Note on the mental hospitals in Burma - 1925-1940
Year: 1925
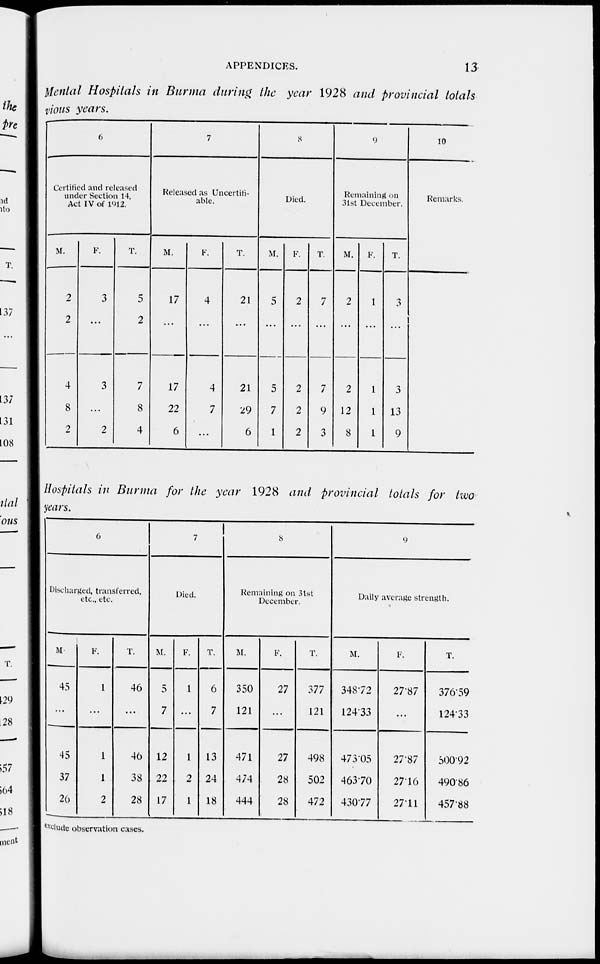
APPENDICES.
13
Mental Hospitals in Burma during the year 1928 and provincial totals
vious years.
6
Certified and released
under Section 14,
Act IV of 1912.
M.
2
2
4
8
2
F.
3
...
3
...
2
T.
5
2
7
8
4
7
Released as Uncertili-
able.
M.
17
...
17
22
6
F.
4
...
4
7
...
T.
21
...
21
29
6
8
Died.
M.
5
...
5
7
1
F.
2
...
2
2
2
T.
7
...
7
9
3
9
Remaining on
31st December.
M.
2
...
2
12
8
F.
1
...
1
1
1
T.
3
...
3
13
9
10
Remarks.
Hospitals in Burma for the year 1928 and provincial totals for two
years.
6
Discharged, transferred,
etc., etc.
M.
45
...
45
37
20
F.
1
...
1
1
2
T.
46
...
46
38
28
7
Died.
M.
5
7
12
22
17
F.
1
...
1
2
1
T.
6
7
13
24
18
8
Remaining on 3lst
December.
M.
350
121
471
474
444
F.
27
...
27
28
28
T.
377
121
498
502
472
9
Daily average strength.
M.
348.72
124.33
473.05
463.70
430.77
F.
27.87
...
27.87
27.16
27.11
T.
376.59
124.33
500.92
490.86
457.88
exclude observation cases.